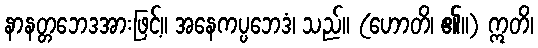
နာနတ္တဘေဒအားဖြင့်။ အနေကပ္ပဘေဒံ၊ သည်။ (ဟောတိ၊ ၏။) ဣတိ၊